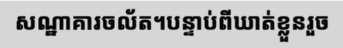
សណ្ឋាគារចល័ត។បន្ទាប់ពីឃាត់ខ្លួនរួច